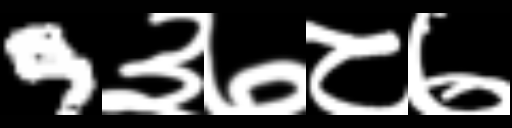
Text: 9३७८७